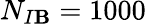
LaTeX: N_{I\mathbf{B}}=1000